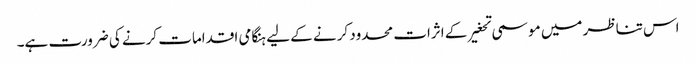
اس تناظر میں موسمی تحغیر کے اثرات محدود کرنے کے لیے ہنگامی اقدامات کرنے کی ضرورت ہے۔